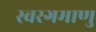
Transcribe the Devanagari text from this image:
स्वरगमाणु